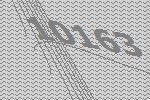
10163